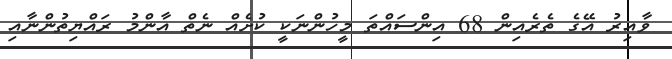
ވާއިރު އޭގެ ތެރެއިން 68 އިންސައްތަ މީހުންނަކީ ކުށެއް ނެތް އާންމު ރައްޔިތުންނާއި